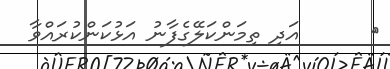
٣      އަދި ތިމަންކަލޭގެފާނު އަޅުކަންކުރައްވާ